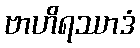
ဗာဟိရဿာဒံ